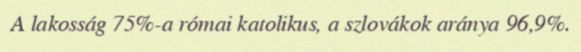
A lakosság 75%-a római katolikus, a szlovákok aránya 96,9%.